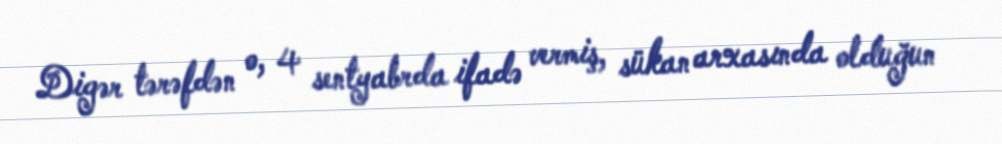
Digər tərəfdən o, 4 sentyabrda ifadə vermiş, sükan arxasında olduğun